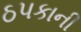
ઠપકાની